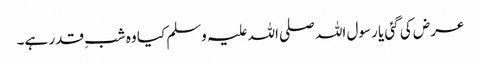
عرض کی گئی یا رسول اللہ صلی اللہ علیہ وسلم کیا وہ شبِ قدر ہے۔